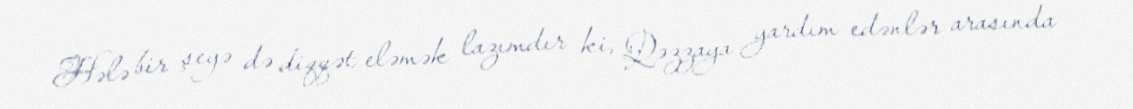
Hələ bir şeyə də diqqət eləmək lazımdır ki, Qəzzaya yardım edənlər arasında